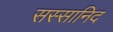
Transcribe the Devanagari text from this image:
सस्सानिद